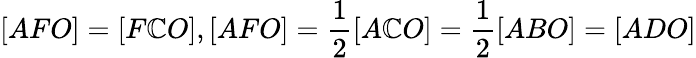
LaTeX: [AFO]=[F\mathbb{C}O],[AFO]={\frac{{1}}{{2}}}[A\mathbb{C}O]={\frac{{1}}{{2}}}[ABO]=[ADO]